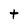
Character: t